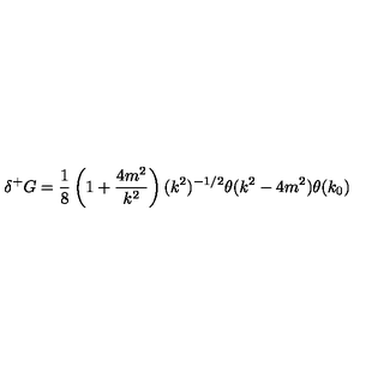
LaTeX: \delta ^ { + } G = \frac { 1 } { 8 } \left( 1 + \frac { 4 m ^ { 2 } } { k ^ { 2 } } \right) ( k ^ { 2 } ) ^ { - 1 / 2 } \theta ( k ^ { 2 } - 4 m ^ { 2 } ) \theta ( k _ { 0 } )